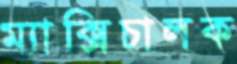
ম্যাক্সিচালক